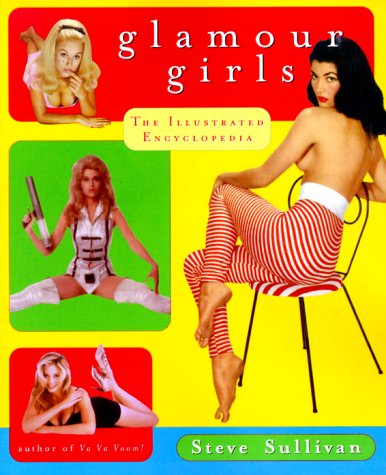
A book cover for Glamour Girls: The Illustrated Encyclopedia; Steve Sullivan; Humor & Entertainment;